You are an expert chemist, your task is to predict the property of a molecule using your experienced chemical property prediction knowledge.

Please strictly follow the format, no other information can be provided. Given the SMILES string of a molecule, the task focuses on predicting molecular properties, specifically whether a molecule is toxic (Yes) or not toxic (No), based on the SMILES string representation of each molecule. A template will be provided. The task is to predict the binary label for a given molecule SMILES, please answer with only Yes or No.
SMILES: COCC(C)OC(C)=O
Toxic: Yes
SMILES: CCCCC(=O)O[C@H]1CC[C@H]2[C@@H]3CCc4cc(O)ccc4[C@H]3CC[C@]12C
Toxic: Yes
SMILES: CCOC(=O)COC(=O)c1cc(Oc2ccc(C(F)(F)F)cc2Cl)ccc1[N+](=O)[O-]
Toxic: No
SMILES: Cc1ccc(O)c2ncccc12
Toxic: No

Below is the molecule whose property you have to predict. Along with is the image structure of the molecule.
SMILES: CN1CCN(N)CC1
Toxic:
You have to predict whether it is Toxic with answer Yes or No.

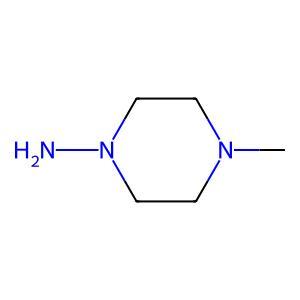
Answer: No